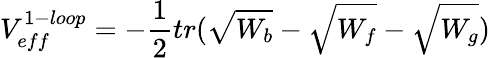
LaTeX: V_{eff}^{1-loop}=-\frac{1}{2}tr(\sqrt{W_{b}}-\sqrt{W_{f}}-\sqrt{W_{g}})